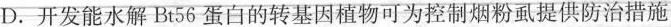
D.开发能水解Bt56蛋白的转基因植物可为控制烟粉虱提供防治措施